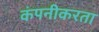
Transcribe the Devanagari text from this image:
कंपनीकरता